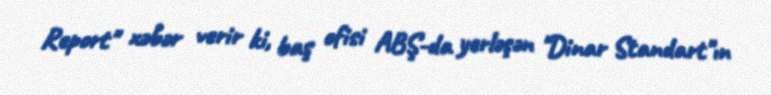
Report" xəbər verir ki, baş ofisi ABŞ-da yerləşən "Dinar Standart"ın